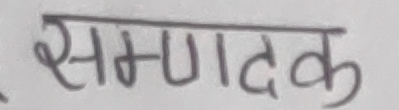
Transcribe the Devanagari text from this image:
सम्पादक